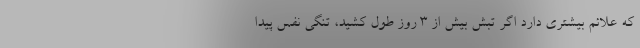
که علائم بیشتری دارد اگر تبش بیش از ۳ روز طول کشید، تنگی نفس پیدا